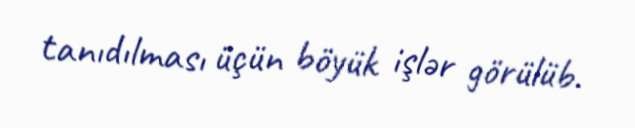
tanıdılması üçün böyük işlər görülüb.